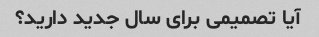
آیا تصمیمی برای سال جدید دارید؟